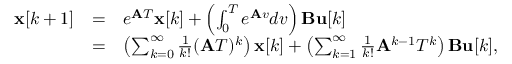
{ \begin{array} { l l l } { \mathbf { x } [ k + 1 ] } & { = } & { e ^ { { \mathbf { A } } T } \mathbf { x } [ k ] + \left( \int _ { 0 } ^ { T } e ^ { { \mathbf { A } } v } d v \right) \mathbf { B } \mathbf { u } [ k ] } \\ & { = } & { \left( \sum _ { k = 0 } ^ { \infty } { \frac { 1 } { k ! } } ( { \mathbf { A } } T ) ^ { k } \right) \mathbf { x } [ k ] + \left( \sum _ { k = 1 } ^ { \infty } { \frac { 1 } { k ! } } { \mathbf { A } } ^ { k - 1 } T ^ { k } \right) \mathbf { B } \mathbf { u } [ k ] , } \end{array} }